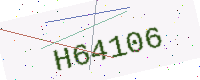
Text: H64106